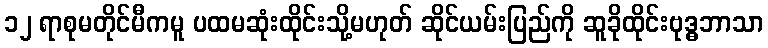
၁၂ ရာစုမတိုင်မီကမူ ပထမဆုံးထိုင်းသို့မဟုတ် ဆိုင်ယမ်းပြည်ကို ဆူခိုထိုင်းဗုဒ္ဓဘာသာ